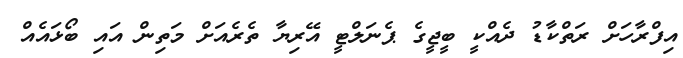
އިފްރާހަށް ރަތްކާޑު ދެއްކީ ބީޖީގެ ޕެނަލްޓީ އޭރިޔާ ތެރެއަށް މަތިން އައި ބޯޅައެއް